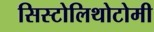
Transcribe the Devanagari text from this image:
सिस्टोलिथोटोमी